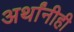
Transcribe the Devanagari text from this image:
अर्थांनीही